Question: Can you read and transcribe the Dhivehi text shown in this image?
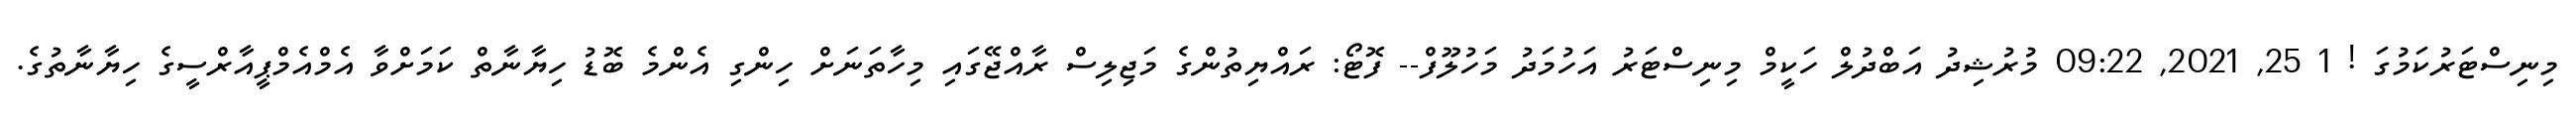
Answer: މިނިސްޓަރުކަމުގަ ! 1 25, 2021, 09:22 މުރުޝިދު އަބްދުލް ހަކީމް މިނިސްޓަރު އަހުމަދު މަހުލޫފް-- ފޮޓޯ: ރައްޔިތުންގެ މަޖިލިސް ރާއްޖޭގައި މިހާތަނަށް ހިންގި އެންމެ ބޮޑު ހިޔާނާތް ކަމަށްވާ އެމްއެމްޕީއާރްސީގެ ހިޔާނާތުގެ.